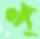
গ্